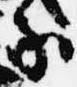
家